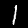
Digit: 1